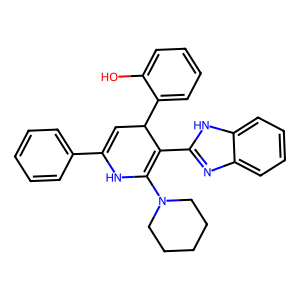
SMILES: Oc1ccccc1C1C=C(c2ccccc2)NC(N2CCCCC2)=C1c1nc2ccccc2[nH]1
Inhibits HIV replication: No